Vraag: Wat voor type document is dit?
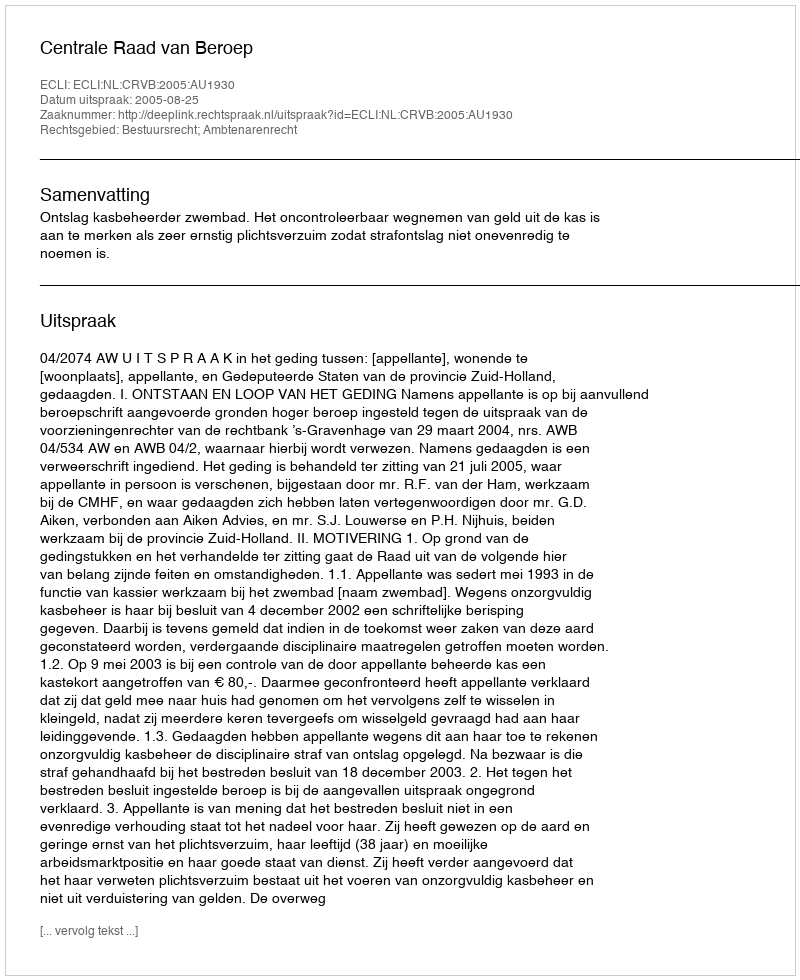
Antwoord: Uitspraak